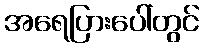
အရေပြားပေါ်တွင်